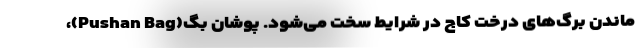
ماندن برگ‌های درخت کاج در شرایط سخت می‌شود. پوشان بگ(Pushan Bag)،